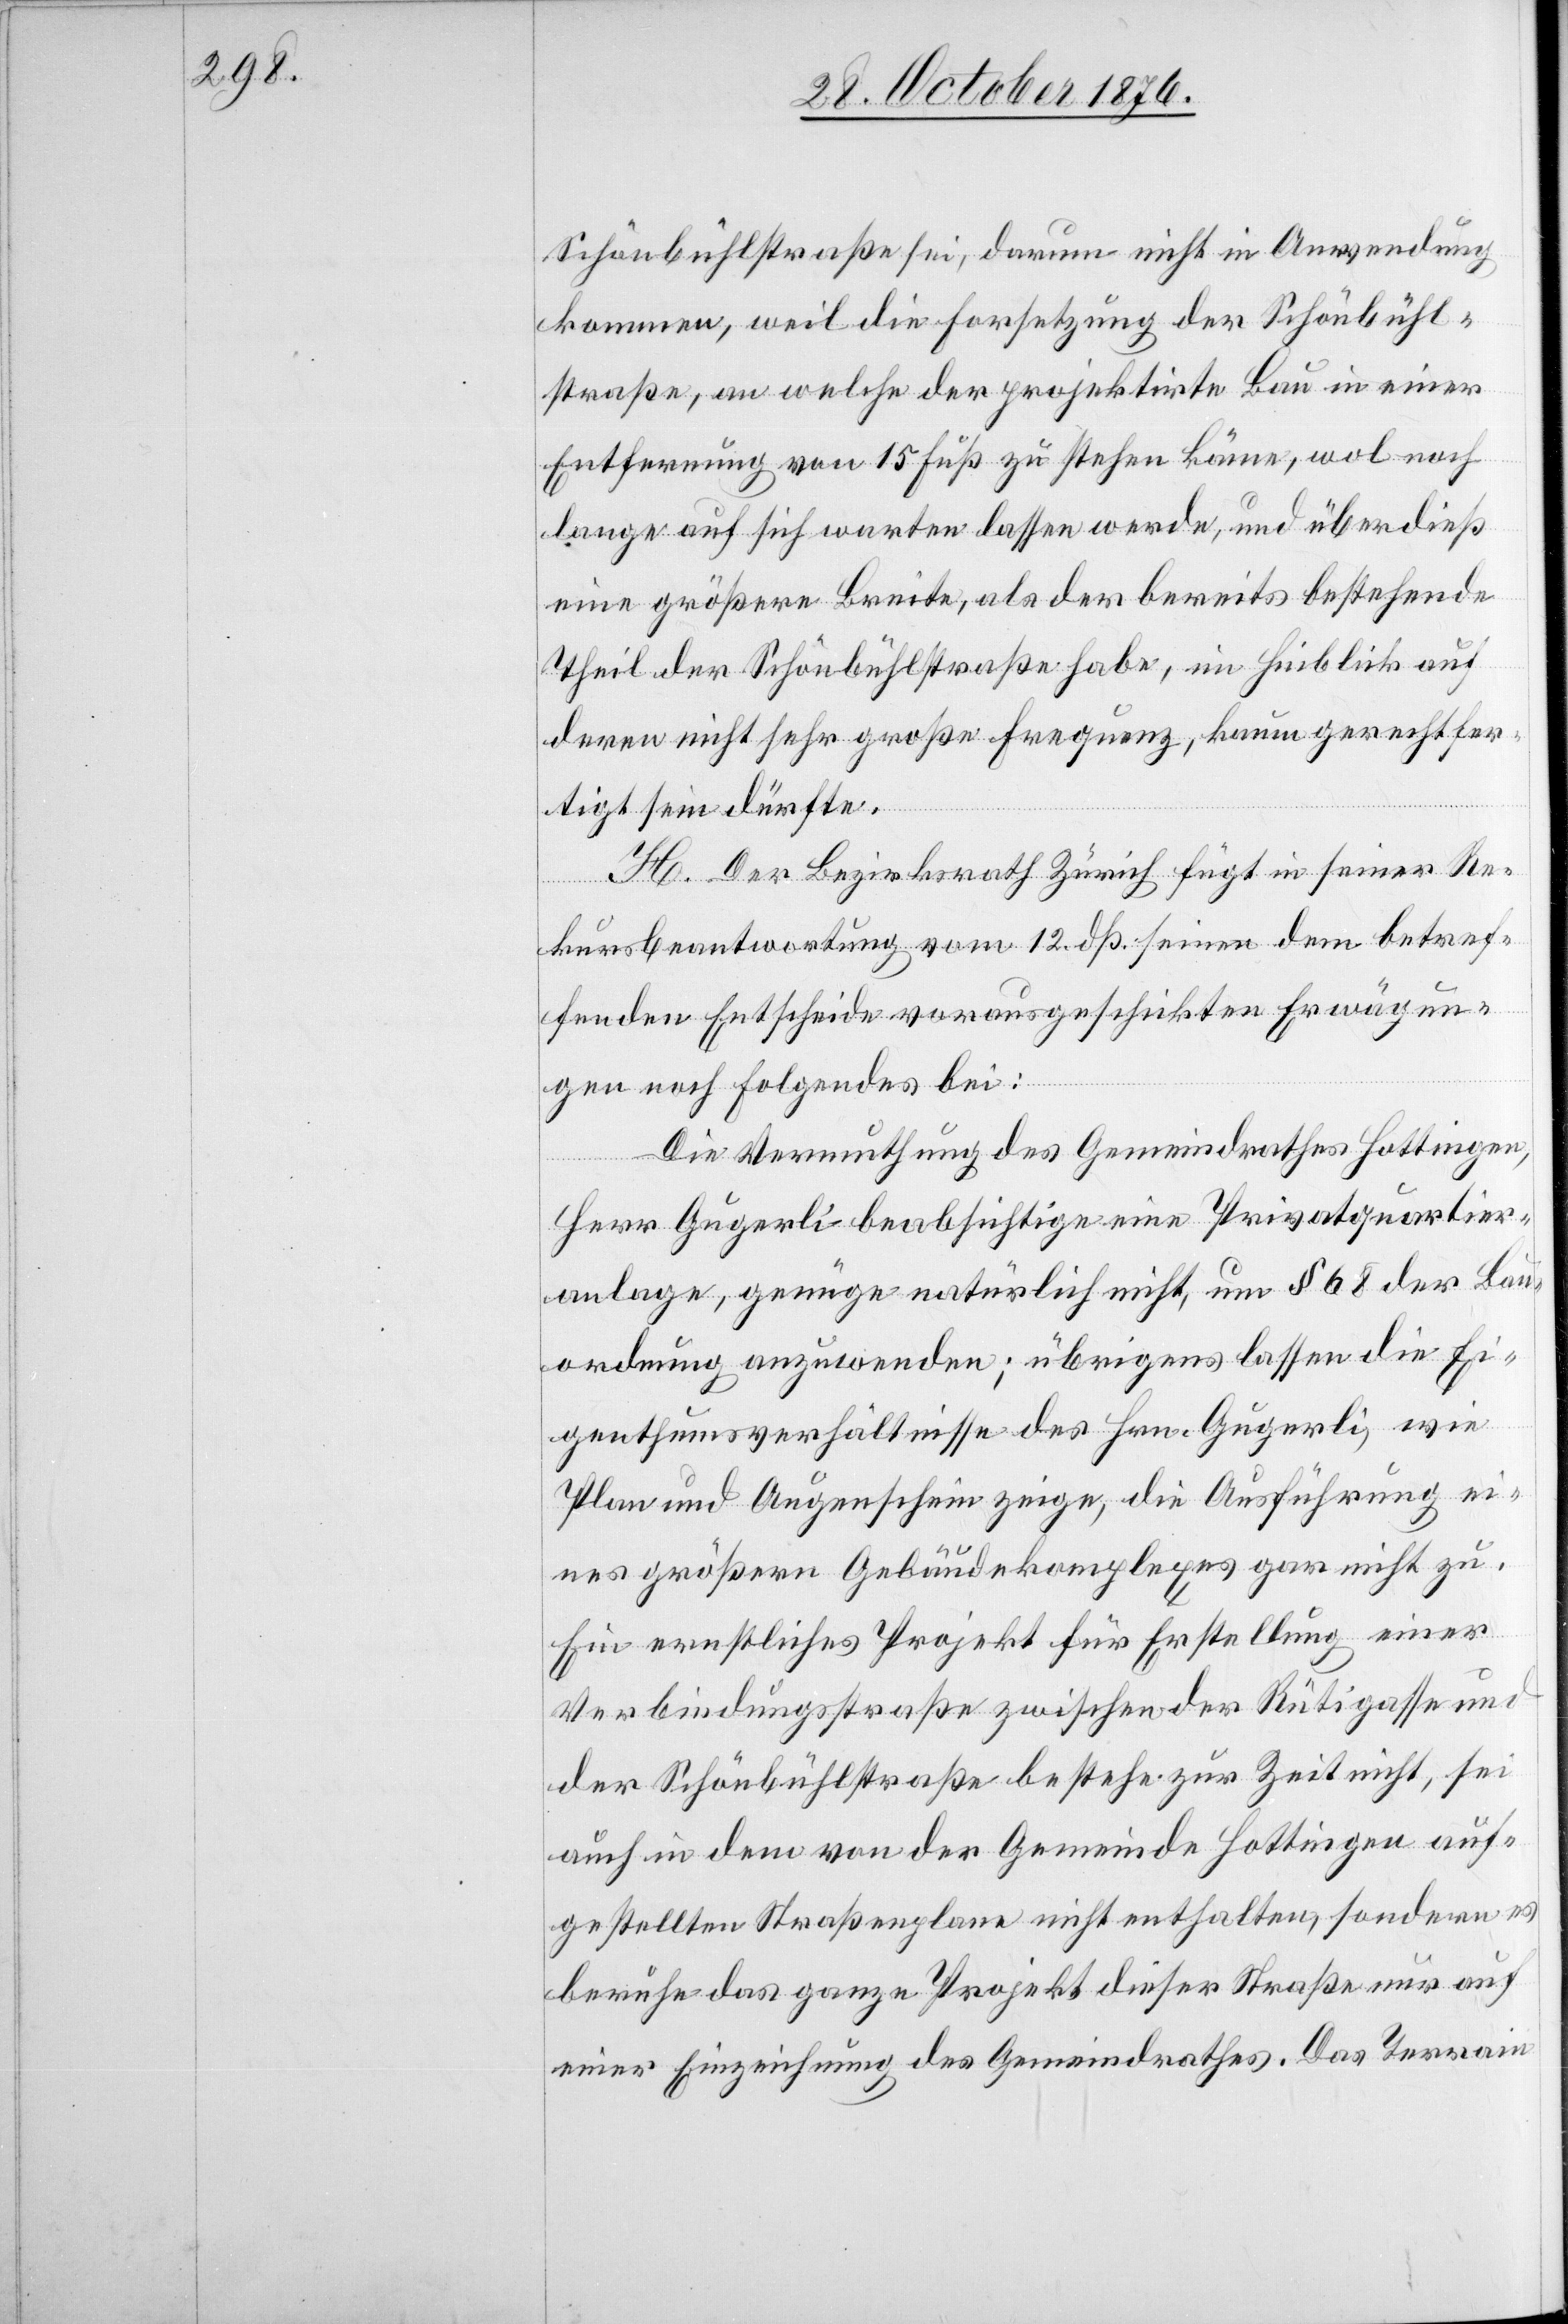
Schönbühlstraße [eine] sei, darum nicht in Anwendung
kommen, weil die For[t]setzung der Schönbühl¬
straße, an welche der projektirte Bau in einer
Entfernung von 15 Fuß zu stehen käme, wol noch
lange auf sich warten lassen werde, und überdieß
eine größere Breite, als der bereits bestehende
Theil der Schönbühlstraße habe, im Hinblick auf
deren nicht sehr große Frequenz, kaum gerechtfer¬
tigt sein dürfte
H. Der Bezirksrath Zürich fügt in seiner Re¬
kursbeantwortung vom 12. dß. seine dem betref¬
fenden Entscheide vorausgeschickten Erwägun¬
gen noch Folgendes bei:
Die Vermuthung des Gemeindrathes Hottingen,
Herr Gugerli beabsichtige eine Privatquartier¬
anlage, genüge natürlich nicht, um § 68 der Bau¬
ordnung anzuwenden; übrigens lassen die Ei¬
genthumsverhältnisse des Hrn. Gugerli, wie
Plan und Augenschein zeige, die Ausführung ei¬
nes größern Gebäudekomplexes gar nicht zu.
Ein ernstliches Projekt für Erstellung einer
Verbindungsstraße zwischen der Rütigasse und
der Schönbühlstraße bestehe zur Zeit nicht, sei
auch in dem von der Gemeinde Hottingen auf¬
gestellten Straßenplane nicht enthalten, sondern es
beruhe das ganze Projekt dieser Straße nur auf
einer Einzeichnung des Gemeindrathes. Das Terrain